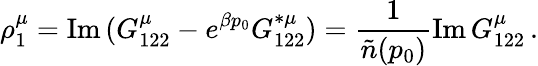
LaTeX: \rho_{1}^{\mu}=\mathrm{Im\, }(G_{122}^{\mu}-e^{\beta p_{0}}G_{122}^{*\mu})={\frac{1}{\tilde{n}(p_{0})}}\mathrm{Im\, }G_{122}^{\mu}\, .